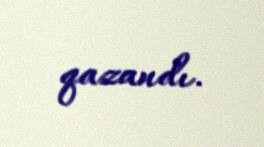
qazandı.